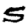
Digit: 5